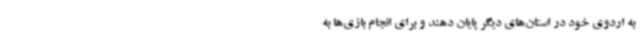
به اردوی خود در استان‌های دیگر پایان دهند و برای انجام بازی‌ها به